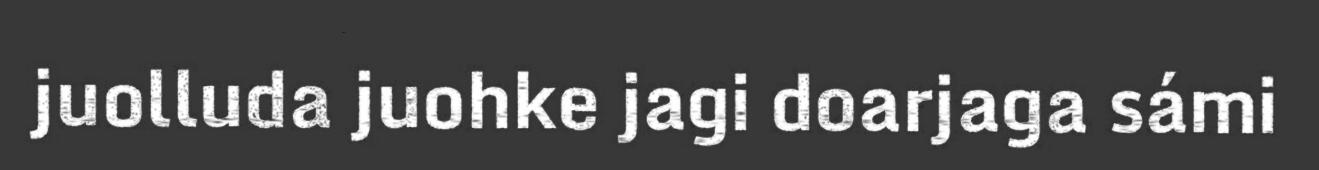
juolluda juohke jagi doarjaga sámi